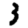
Digit: 3